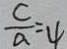
\frac { c } { a } = 4